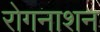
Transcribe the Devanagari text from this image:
रोगनाशन